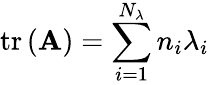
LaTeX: \operatorname{tr}\left(\mathbf{A}\right)=\sum_{i=1}^{N_{\lambda}}{{n_{i}}\lambda_{i}}